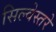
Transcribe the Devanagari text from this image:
सिल्वेस्तरे